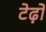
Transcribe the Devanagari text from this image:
टेढ़ो